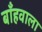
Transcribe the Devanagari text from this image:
बाँहवाला